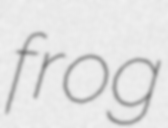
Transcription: frog